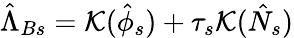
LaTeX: \hat{\Lambda}_{Bs}={\cal{K}}(\hat{\phi}_{s})+\tau_{s}{\cal{K}}(\hat{N}_{s})